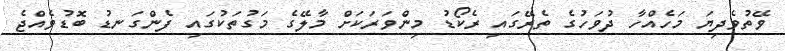
ވޭތުވެދިޔަ މަހެއްހާ ދުވަހުގެ ތެރޭގައި ރެކޯޑު މިންވަރަކަށް މާލޭގެ މަގުތަކުގައި ފެންގަނޑު ބޮޑުވެއްޖެ